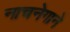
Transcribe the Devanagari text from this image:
नाचनेगाने